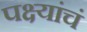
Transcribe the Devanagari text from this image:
पक्ष्यांचं